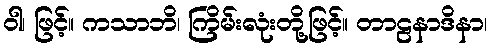
ဝါ၊ ဖြင့်။ ကသာဘိ၊ ကြိမ်းလုံးတို့ဖြင့်။ တာဠနာဒိနာ၊